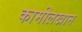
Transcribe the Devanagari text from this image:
कामीलखान